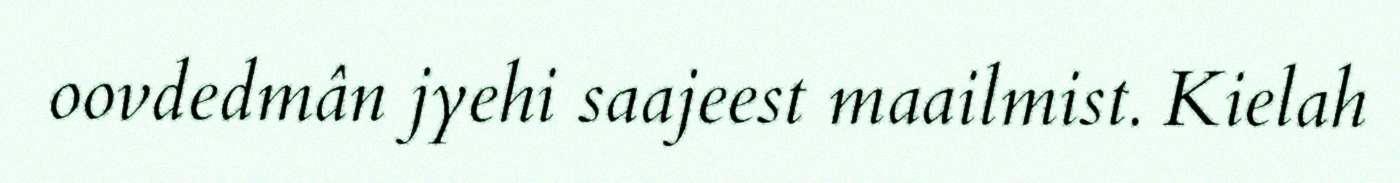
oovdedmân jyehi saajeest maailmist. Kielah